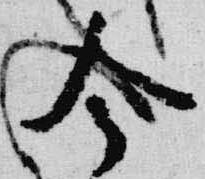
今